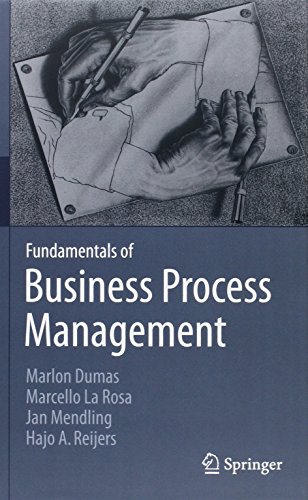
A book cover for Fundamentals of Business Process Management; Marlon Dumas; Computers & Technology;